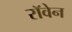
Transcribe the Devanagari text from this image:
रॉवेन